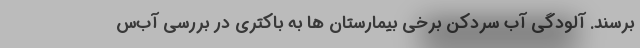
برسند. آلودگی آب‌ سردکن برخی بیمارستان ها به باکتری در بررسی آب‌س